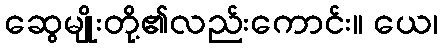
ဆွေမျိုးတို့၏လည်းကောင်း။ ယေ၊